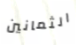
الثمانين